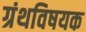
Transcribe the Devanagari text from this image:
ग्रंथविषयक